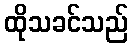
ထိုသခင်သည်